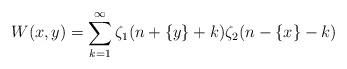
LaTeX: \begin{align*}W(x,y)=\sum_{k=1}^{\infty} \zeta_{1}(n+\{ y \} +k) \zeta_{2}(n-\{ x \} -k)\end{align*}